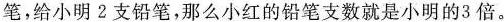
笔，给小明2支铅笔，那么小红的铅笔支数就是小明的3倍。